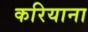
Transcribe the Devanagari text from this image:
करियाना